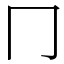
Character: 冂